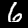
Digit: 6